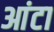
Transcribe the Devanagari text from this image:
आंटा